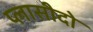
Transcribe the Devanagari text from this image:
प्लासीदो